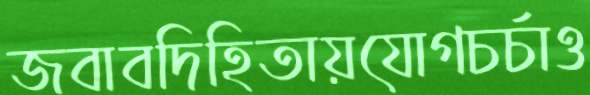
জবাবদিহিতায়যোগচর্চাও